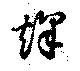
烽